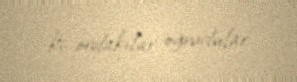
ki, ordakılar oğrudular.